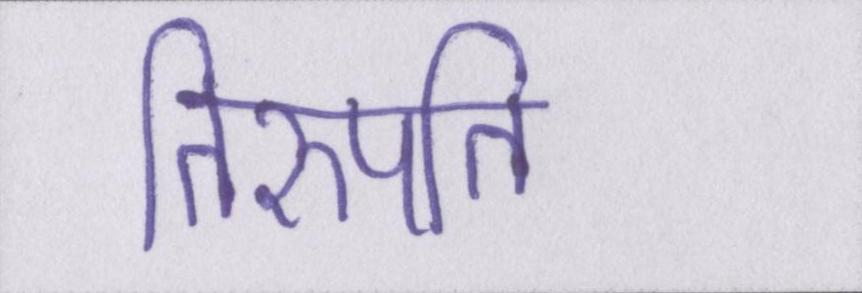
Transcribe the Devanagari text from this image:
तिरुपति